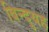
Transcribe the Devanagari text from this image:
बिन्दुयह